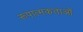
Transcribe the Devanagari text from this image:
रूपात्मकताओं